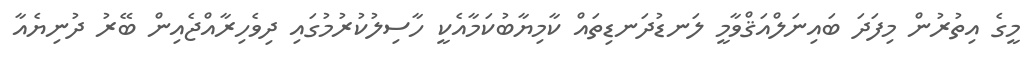
މީގެ އިތުރުން މިފަދަ ބައިނަލްއަޤްވާމީ ލަނޑުދަނޑިތައް ކާމިޔާބުކަމާއެކީ ހާސިލުކުރުމުގައި ދިވެހިރާއްޖެއިން ބޭރު ދުނިޔެއާ